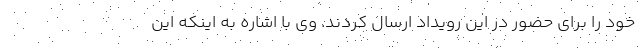
خود را برای حضور در این رویداد ارسال کردند. وی با اشاره به اینکه این